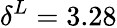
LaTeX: \delta^{L}=3.28